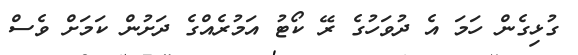
ގުޅިގެން ހަމަ އެ ދުވަހުގެ ރޭ ކޯޓު އަމުރެއްގެ ދަށުން ކަމަށް ވެސް